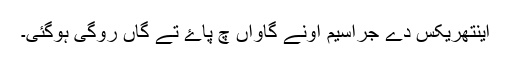
اینتھریکس دے جراسیم اونے گاواں چ پاۓ تے گاں روگی ہوگئی۔